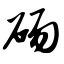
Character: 砀